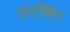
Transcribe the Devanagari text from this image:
उपलिंग